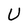
Character: U